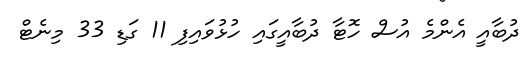
ދުބާއީ އެންމެ އުސް ހޮޓާ ދުބާއީގައި ހުޅުވައިފި 11 ގަޑި 33 މިނެޓް